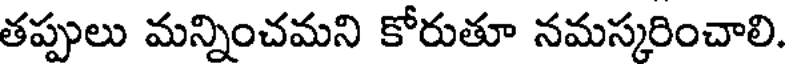
తప్పులు మన్నించమని కోరుతూ నమస్కరించాలి.